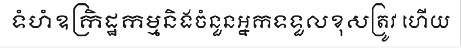
ទំហំឧក្រិដ្ឋកម្មនិងចំនួនអ្នកទទួលខុសត្រូវ ហើយ